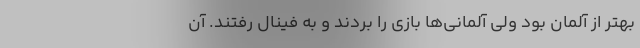
بهتر از آلمان بود ولی آلمانی‌ها بازی را بردند و به فینال رفتند. آن